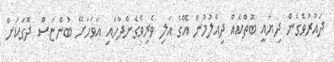
ދައުރުވެގެން ދިޔައީ ބޮތްކެއް ދިއްލުމުން އޭގެ އަލި ވެރިވެގެންދާހައި އަވަހަށޭ ބުންޏަސް ދޮގަކަށް